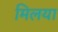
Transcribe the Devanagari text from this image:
मिलया